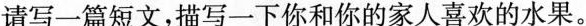
请写一篇短文，描写一下你和你的家人喜欢的水果。